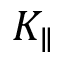
K _ { \parallel }